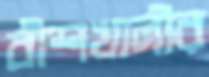
বাঁশখালীর